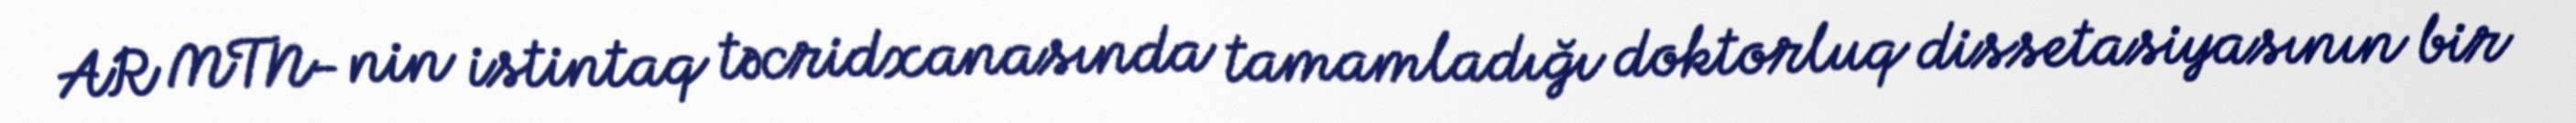
AR MTN- nin istintaq təcridxanasında tamamladığı doktorluq dissetasiyasının bir